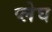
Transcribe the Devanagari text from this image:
प्लेघ